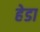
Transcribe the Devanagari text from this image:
हेडा